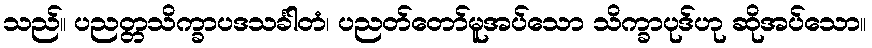
သည်။ ပညတ္တသိက္ခာပဒသင်္ခါတံ၊ ပညတ်တော်မူအပ်သော သိက္ခာပုဒ်ဟု ဆိုအပ်သော။